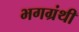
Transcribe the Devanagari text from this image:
भगग्रंथी